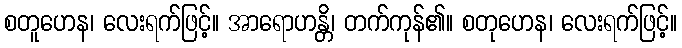
စတူဟေန၊ လေးရက်ဖြင့်။ အာရောဟန္တိ၊ တက်ကုန်၏။ စတုဟေန၊ လေးရက်ဖြင့်။